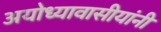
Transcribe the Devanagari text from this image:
अयोध्यावासीयांनी